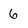
Character: 6